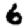
Digit: 6